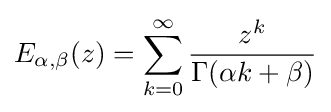
E_{\alpha ,\beta }(z)=\sum _{k=0}^{\infty }{\frac {z^{k}}{\Gamma (\alpha k+\beta )}}